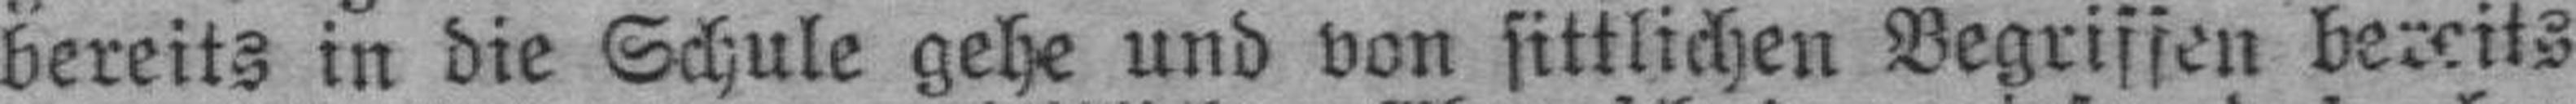
bereits in die Schule gehe und von sittlichen Begriffen bereits